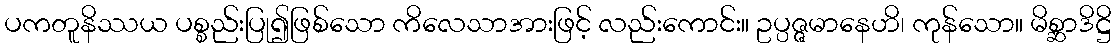
ပကတူနိဿယ ပစ္စည်းပြု၍ဖြစ်သော ကိလေသာအားဖြင့် လည်းကောင်း။ ဥပ္ပဇ္ဇမာနေဟိ၊ ကုန်သော။ မိစ္ဆာဒိဋ္ဌိ